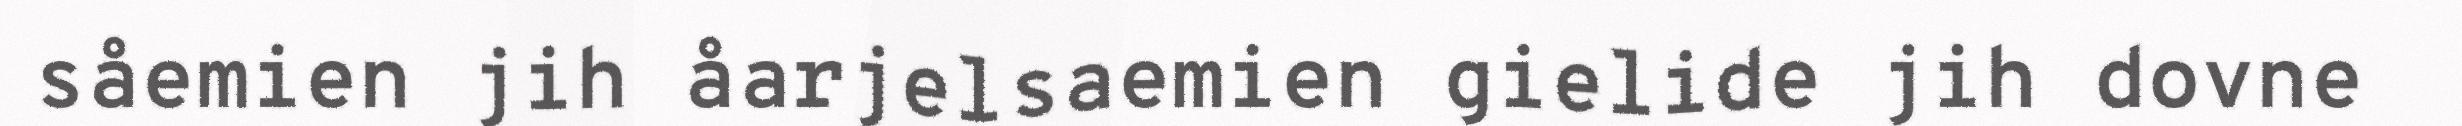
såemien jih åarjelsaemien gielide jih dovne